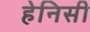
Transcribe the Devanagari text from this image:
हेनिसी